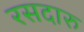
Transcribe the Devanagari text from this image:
रसदारु